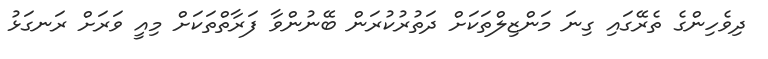
ދިވެހިންގެ ތެރޭގައި ގިނަ މަންޒިލްތަކަށް ދަތުރުކުރަން ބޭނުންވާ ފަރާތްތަކަށް މިއީ ވަރަށް ރަނގަޅު